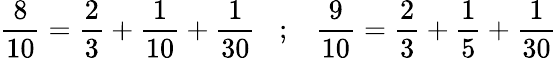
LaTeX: {\frac{8}{10}}={\frac{2}{3}}+{\frac{1}{10}}+{\frac{1}{30}}\; \; \; ;\; \; \; {\frac{9}{10}}={\frac{2}{3}}+{\frac{1}{5}}+{\frac{1}{30}}